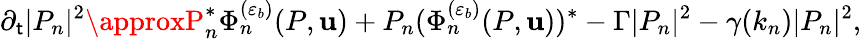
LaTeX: \partial_{\mathsf{t}}|P_{n}|^{2}\approxP_{n}^{\ast}\Phi_{n}^{(\varepsilon_{b})}(P,\mathbf{u})+P_{n}(\Phi_{n}^{(\varepsilon_{b})}(P,\mathbf{u}))^{\ast}-\Gamma|P_{n}|^{2}-\gamma(k_{n})|P_{n}|^{2},